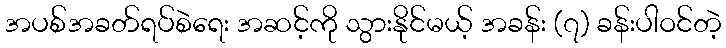
အပစ်အခတ်ရပ်စဲရေး အဆင့်ကို သွားနိုင်မယ့် အခန်း (၇) ခန်းပါဝင်တဲ့